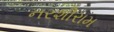
નરશીરામ